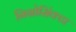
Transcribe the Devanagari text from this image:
निग्रोसिंक्टा